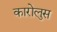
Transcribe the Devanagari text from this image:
कारोलुस